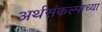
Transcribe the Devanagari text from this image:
अर्थसंकल्पाच्या